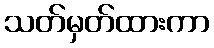
သတ်မှတ်ထားကာ